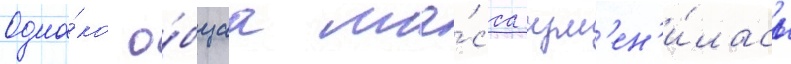
Одна́ко о́бщаа ма́сса изм'ен'и́лась